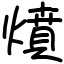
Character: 燌